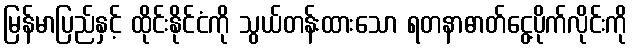
မြန်မာပြည်နှင့် ထိုင်းနိုင်ငံကို သွယ်တန်းထားသော ရတနာဓာတ်ငွေ့ပိုက်လိုင်းကို